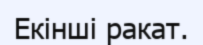
Екінші ракат.